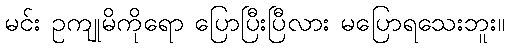
မင်း ဥကျုမိကိုရော ပြောပြီးပြီလား မပြောရသေးဘူး။